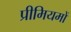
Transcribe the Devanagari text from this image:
प्रीमियमों